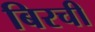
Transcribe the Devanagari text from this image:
बिरची